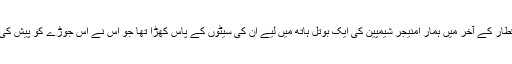
قطار کے آخر میں ہمار امنیجر شیمپین کی ایک بوتل ہاتھ میں لیے ان کی سیٹوں کے پاس کھڑا تھا جو اس نے اس جوڑے کو پیش کی۔